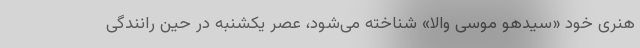
هنری خود «سیدهو موسی والا» شناخته می‌شود، عصر یکشنبه در حین رانندگی